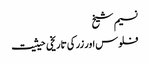
نسیم شیخ
فلوس اور زر کی تاریخی حیثیت